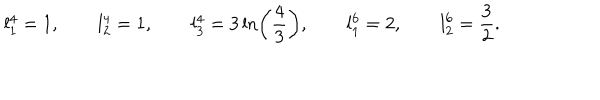
LaTeX: l _ { 1 } ^ { 4 } = 1 , \qquad l _ { 2 } ^ { 4 } = 1 , \qquad l _ { 3 } ^ { 4 } = 3 \ln \left( \frac { 4 } { 3 } \right) , \qquad l _ { 1 } ^ { 6 } = 2 , \qquad l _ { 2 } ^ { 6 } = \frac { 3 } { 2 } .